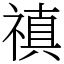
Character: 禛